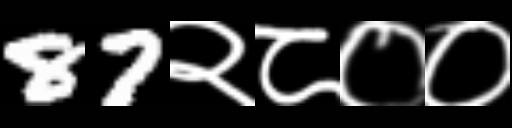
Text: 87२८००